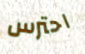
احترس